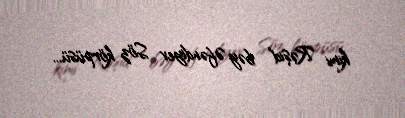
kimi Rəşid bəy Əfəndiyev Söz körpüsü...